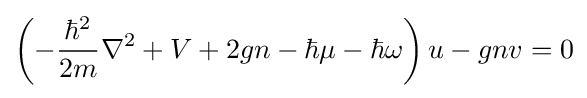
\left(-{\frac {\hbar ^{2}}{2m}}\nabla ^{2}+V+2gn-\hbar \mu -\hbar \omega \right)u-gnv=0